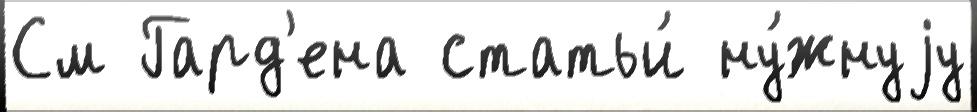
См Гард'ена статьи́ ну́жнуjу